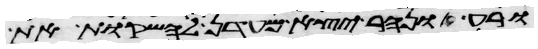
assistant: ורע ונהר יצא מעדן להשקות את